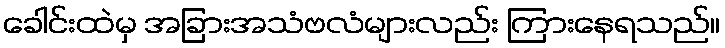
ခေါင်းထဲမှ အခြားအသံဗလံများလည်း ကြားနေရသည်။